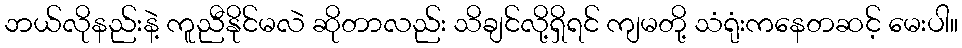
ဘယ်လိုနည်းနဲ့ ကူညီနိုင်မလဲ ဆိုတာလည်း သိချင်လို့ရှိရင် ကျမတို့ သံရုံးကနေတဆင့် မေးပါ။